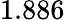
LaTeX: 1.886